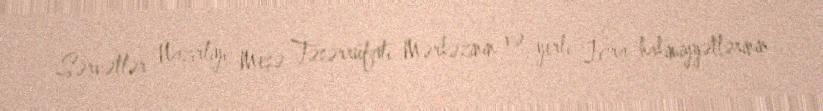
Sərvətlər Nazirliyi Meşə Təsərrüfatı Mərkəzinin və yerli İcra hakimiyyətlərinin